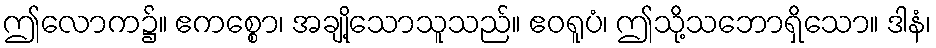
ဤလောက၌။ ဧကစ္စော၊ အချို့သောသူသည်။ ဧဝရူပံ၊ ဤသို့သဘောရှိသော။ ဒါနံ၊